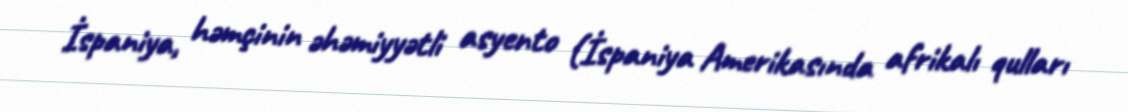
İspaniya, həmçinin əhəmiyyətli asyento (İspaniya Amerikasında afrikalı qulları